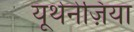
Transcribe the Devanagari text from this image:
यूथेनेज़िया